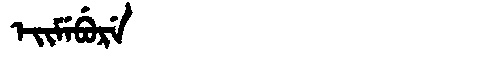
Manchu: ᡝᡳᠮᡝᠪᡠᡵᡝ
Romanization: EIMEBURE